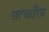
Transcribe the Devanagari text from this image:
सत्चारित्र